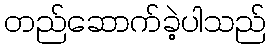
တည်ဆောက်ခဲ့ပါသည်